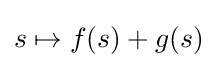
s\mapsto f(s)+g(s)